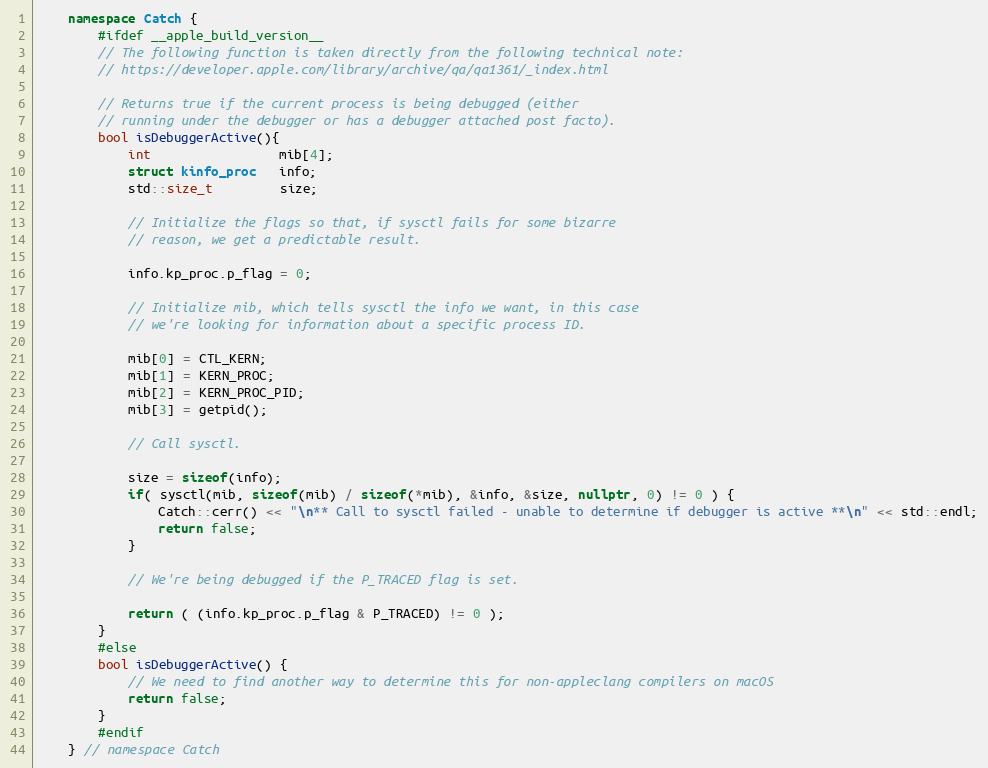
Language: C++
    namespace Catch {
        #ifdef __apple_build_version__
        // The following function is taken directly from the following technical note:
        // https://developer.apple.com/library/archive/qa/qa1361/_index.html

        // Returns true if the current process is being debugged (either
        // running under the debugger or has a debugger attached post facto).
        bool isDebuggerActive(){
            int                 mib[4];
            struct kinfo_proc   info;
            std::size_t         size;

            // Initialize the flags so that, if sysctl fails for some bizarre
            // reason, we get a predictable result.

            info.kp_proc.p_flag = 0;

            // Initialize mib, which tells sysctl the info we want, in this case
            // we're looking for information about a specific process ID.

            mib[0] = CTL_KERN;
            mib[1] = KERN_PROC;
            mib[2] = KERN_PROC_PID;
            mib[3] = getpid();

            // Call sysctl.

            size = sizeof(info);
            if( sysctl(mib, sizeof(mib) / sizeof(*mib), &info, &size, nullptr, 0) != 0 ) {
                Catch::cerr() << "\n** Call to sysctl failed - unable to determine if debugger is active **\n" << std::endl;
                return false;
            }

            // We're being debugged if the P_TRACED flag is set.

            return ( (info.kp_proc.p_flag & P_TRACED) != 0 );
        }
        #else
        bool isDebuggerActive() {
            // We need to find another way to determine this for non-appleclang compilers on macOS
            return false;
        }
        #endif
    } // namespace Catch